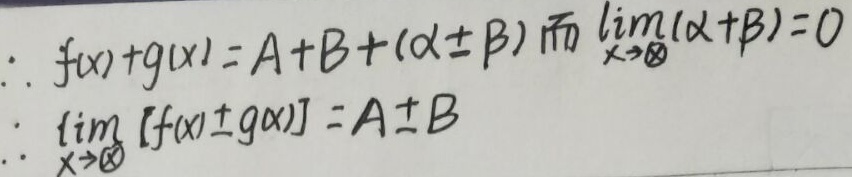
$\therefore f(x)\pm g(x)=A + B+(\alpha\pm\beta)\text{ 而 }\lim_{x \to \infty}(\alpha+\beta)=0$
$\therefore\lim_{x \to \infty}[f(x)\pm g(x)]=A\pm B$